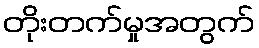
တိုးတက်မှုအတွက်